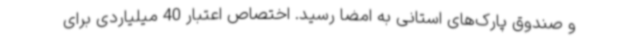
و صندوق پارک‌های استانی به امضا رسید. اختصاص اعتبار 40 میلیاردی برای